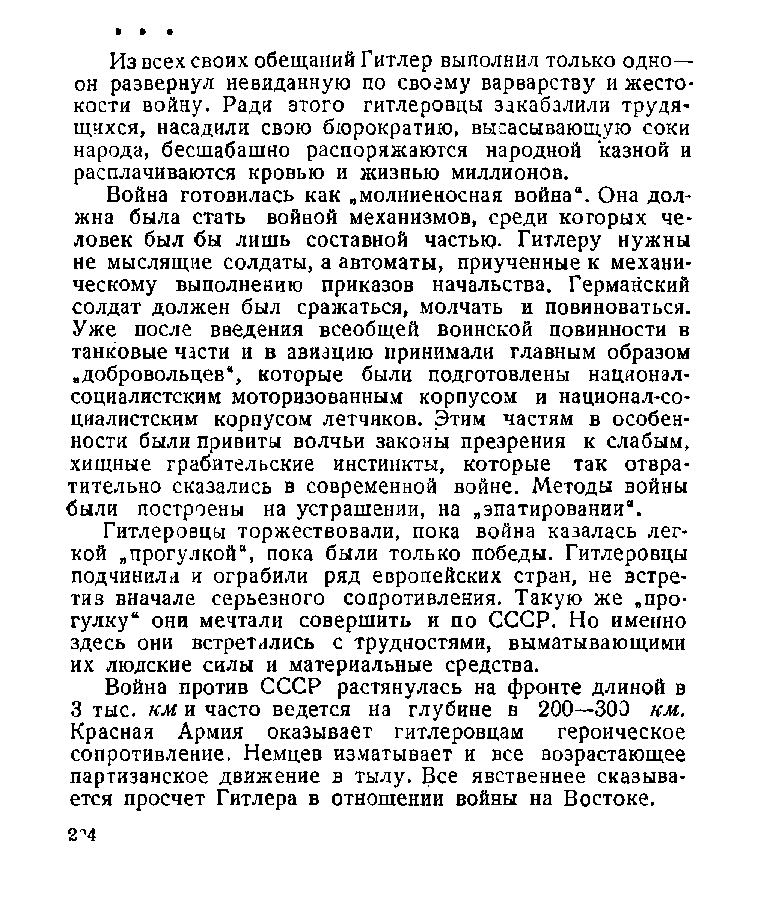
Из всех своих обещаний Гитлер выполнил только одно—
 он развернул невиданную по своему варварству и жесто­
 кости войну. Ради этого гитлеровцы закабалили трудя­
 щихся, насадили свою бюрократию, высасывающую соки
 народа, бесшабашно распоряжаются народной казной и
 расплачиваются кровью и жизнью миллионов.
 Война готовилась как „молниеносная война“. Она дол­
 жна была стать войной механизмов, среди которых че­
 ловек был бы лишь составной частью- Гитлеру нужны
 не мыслящие солдаты, а автоматы, приученные к механи­
 ческому выполнению приказов начальства. Германский
 солдат должен был сражаться, молчать и повиноваться.
 Уже после введения всеобщей воинской повинности в
 танковые части и в авиацию принимали главным образом
 „добровольцев“, которые были подготовлены национал-
 социалистским моторизованным корпусом и национал-со­
 циалистским корпусом летчиков. Этим частям в особен­
 ности были привиты волчьи законы презрения к слабым,
 хищные грабительские инстинкты, которые так отвра­
 тительно сказались в современной войне. Методы войны
 были построены на устрашении, на „эпатировании“.
 Гитлеровцы торжествовали, пока война казалась лег­
 кой „прогулкой“, пока были только победы. Гитлеровцы
 подчинили и ограбили ряд европейских стран, не встре­
 тив вначале серьезного сопротивления. Такую же „про­
 гулку“ они мечтали совершить и по СССР. Но именно
 здесь они встретились с трудностями, выматывающими
 их людские силы и материальные средства.
 Война против СССР растянулась на фронте длиной в
 3 тыс. км и часто ведется на глубине в 200—300 км.
 Красная Армия оказывает гитлеровцам героическое
 сопротивление. Немцев изматывает и все возрастающее
 партизанское движение в тылу. Все явственнее сказыва­
 ется просчет Гитлера в отношении войны на Востоке.